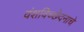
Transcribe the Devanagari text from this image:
वंशविच्छेदनाचे